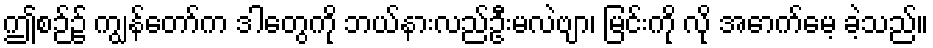
ဤစဉ်၌ ကျွန်တော်က ဒါတွေကို ဘယ်နားလည်ဦးမလဲဗျာ၊ မြင်းကို လို အောက်မေ့ ခဲ့သည်။